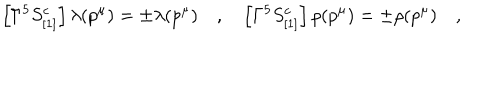
LaTeX: \left[ \Gamma ^ { 5 } S _ { [ 1 ] } ^ { c } \right] \lambda ( p ^ { \mu } ) = \pm \lambda ( p ^ { \mu } ) \quad , \quad \left[ \Gamma ^ { 5 } S _ { [ 1 ] } ^ { c } \right] \rho ( p ^ { \mu } ) = \pm \rho ( p ^ { \mu } ) \quad ,